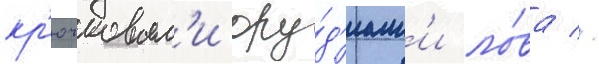
кр'ючковым'и ору́д'иам'и ло́ва //